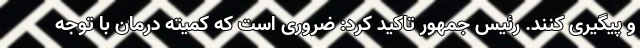
و پیگیری کنند. رئیس جمهور تاکید کرد: ضروری است که کمیته درمان با توجه